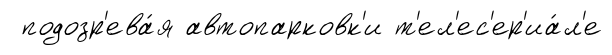
подозр'ева́я автопарковк'и т'ел'ес'ер'иа́л'е